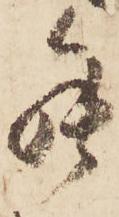
罷